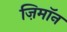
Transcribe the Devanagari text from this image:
ज़िमाॅन